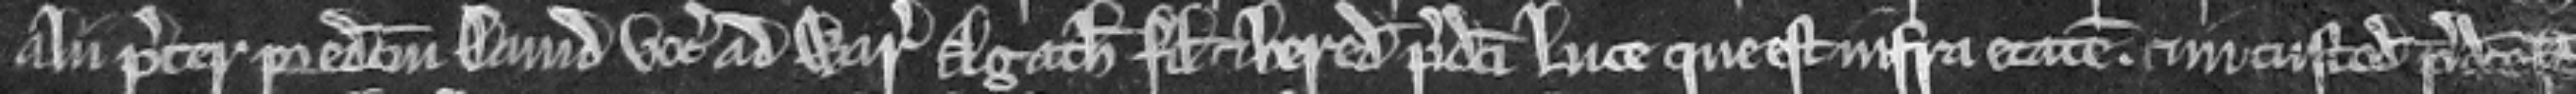
alii preter predictum David vocat ad warantum Agatham filiam et heredem predicti Luce que est infra etatem. et in custodia predicte